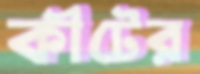
কীটের